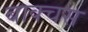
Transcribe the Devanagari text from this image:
बाक्चस